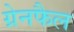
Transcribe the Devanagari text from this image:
ग्रेनफैल